Annual report on the health of the army in India
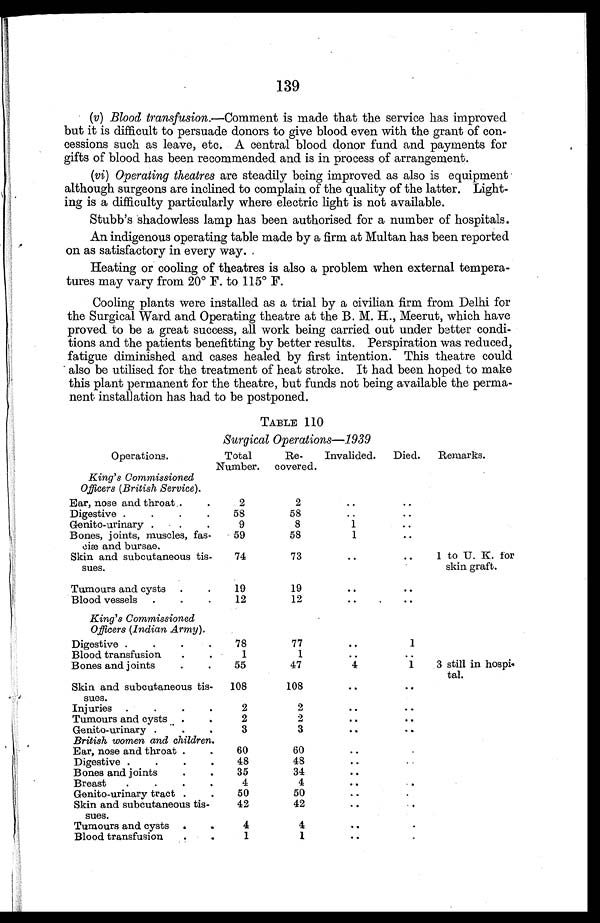
139
(v) Blood transfusion .—Comment is made that the service has improved
but it is difficult to persuade donors to give blood even with the grant of con
-
cessions such as leave, etc. A central blood donor fund and payments for
gifts of blood has been recommended and is in process of arrangement.
(vi) Operating theatres are steadily being improved as also is equipment
although surgeons are inclined to complain of the quality of the latter. Light
-
ing is a difficulty particularly where electric light is not available.
Stubb's shadowless lamp has been authorised for a number of hospitals.
An indigenous operating table made by a firm at Multan has been reported
on as satisfactory in every way.
—Heating or cooling of theatres is also a problem when external tempera
-
tures may vary from 20° F. to 115° F.
Cooling plants were installed as a trial by a civilian firm from Delhi for
the Surgical Ward and Operating theatre at the B. M. H., Meerut, which have
proved to be a great success, all work being carried out under better condi
-
tions and the patients benefitting by better results. Perspiration was reduced,
fatigue diminished and cases healed by first intention. This theatre could
also be utilised for the treatment of heat stroke. It had been hoped to make
this plant permanent for the theatre, but funds not being available the perma-
- n e n t i n s t a l l a t i o n h a s h a d t o b e p o s t p o n e d .
TABLE 110
Surgical Operations—1939
Operations.
Total
Number.
Re-
covered.
Invalided.
Died.
Remarks.
King's Commissioned
Officers (British Service).
Ear, nose and throat . . .
2
2
. . .
. . .
Digestive . . .
58
58
. . .
. . .
Genito-urinary . . .
9
8
1
. . .
Bones, joints, muscles, fas-
ciæ and bursae.
59
58
1
. . .
Skin and subcutaneous tis-
sues.
74
73
. . .
. . .
1 to U. K. for
skin graft.
Tumours and cysts . . .
19
19
. . .
. . .
Blood vessels . . .
12
12
. . .
. . .
King's Commissioned
Officers (Indian Army).
Digestive . . .
78
77
. . .
1
Blood transfusion.
1
. . .
. . .
Bones and joints . . .
55
47
4
1
3 still in hospi-
tal.
Skin and subcutaneous tis-
sues. . .
108
108
. . .
. . .
Injuries . . .
2
2
. . .
. . .
Tumours and cysts . . .
2
2
. . .
. . .
Genito-urinary . . .
3
3
. . .
. . .
British women and children.
Ear, nose and throat . . .
60
60
. . .
. . .
D I g e s t i v e . . .
48
. . .
. . .
Bones and joints. . .
35
34
. . .
. . .
Breast. . .
4
. . .
. . .
Genito-urinary tract . . .
50
50
. . .
. . .
Skin and subcutaneous tis-
sues. . .
42
42
. . .
. . .
Tumours and cysts . . .
4
4
. . .
. . .
Blood transfusion . . .
1
1
. . .
. . .